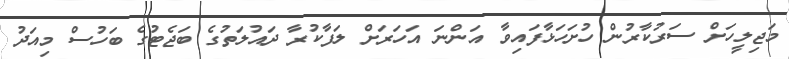
މަޖިލީހަށް ސަރުކާރުން ހުށަހަޅާފައިވާ އަންނަ އަހަރަށް ލަފާކުރާ ދައުލަތުގެ ބަޖެޓުގެ ބަހުސް މިއަދު